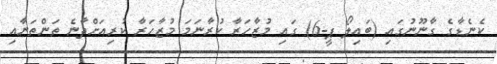
ކެނެޑާގެ ގާނޫނުގައި (ބައިލޯ ޕީ-6) ގައި މުޒާހަރާ ކުރާނަމަ މުޒާހަރާ ކުރިއަށްދާނެ ތަންތަނާއި